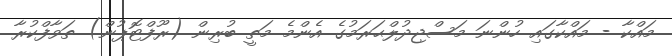
މައްކާ - މައްކާގައި ހުންނަ މަސްޖިދުލްޙަރަމުގެ އެންމެ މަތީ ބުރިން (ރޫފްޓޮޕުން) ތަވާފްކުރާ